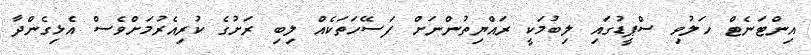
އިންޓަނެޓް ހަލުވި ސްޕީޑުގައި ލިބުމަކީ ރައްޔިތުންނަށް ފަސޭހަތަކެއް ލިބި ރަށުގެ ކުރިއެރުމަށްވެސް އެޅިގެންދާ